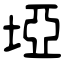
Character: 埡